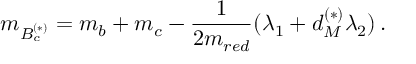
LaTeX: m _ { B _ { c } ^ { ( * ) } } = m _ { b } + m _ { c } - \frac { 1 } { 2 m _ { r e d } } ( \lambda _ { 1 } + d _ { M } ^ { ( * ) } \lambda _ { 2 } ) \, .